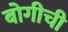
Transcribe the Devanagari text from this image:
बोगीची